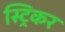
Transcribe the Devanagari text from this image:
स्ट्रिकर